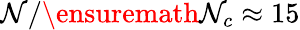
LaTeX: \mathcal{N}/\ensuremath{{\mathcal{N}_{c}}}\approx15